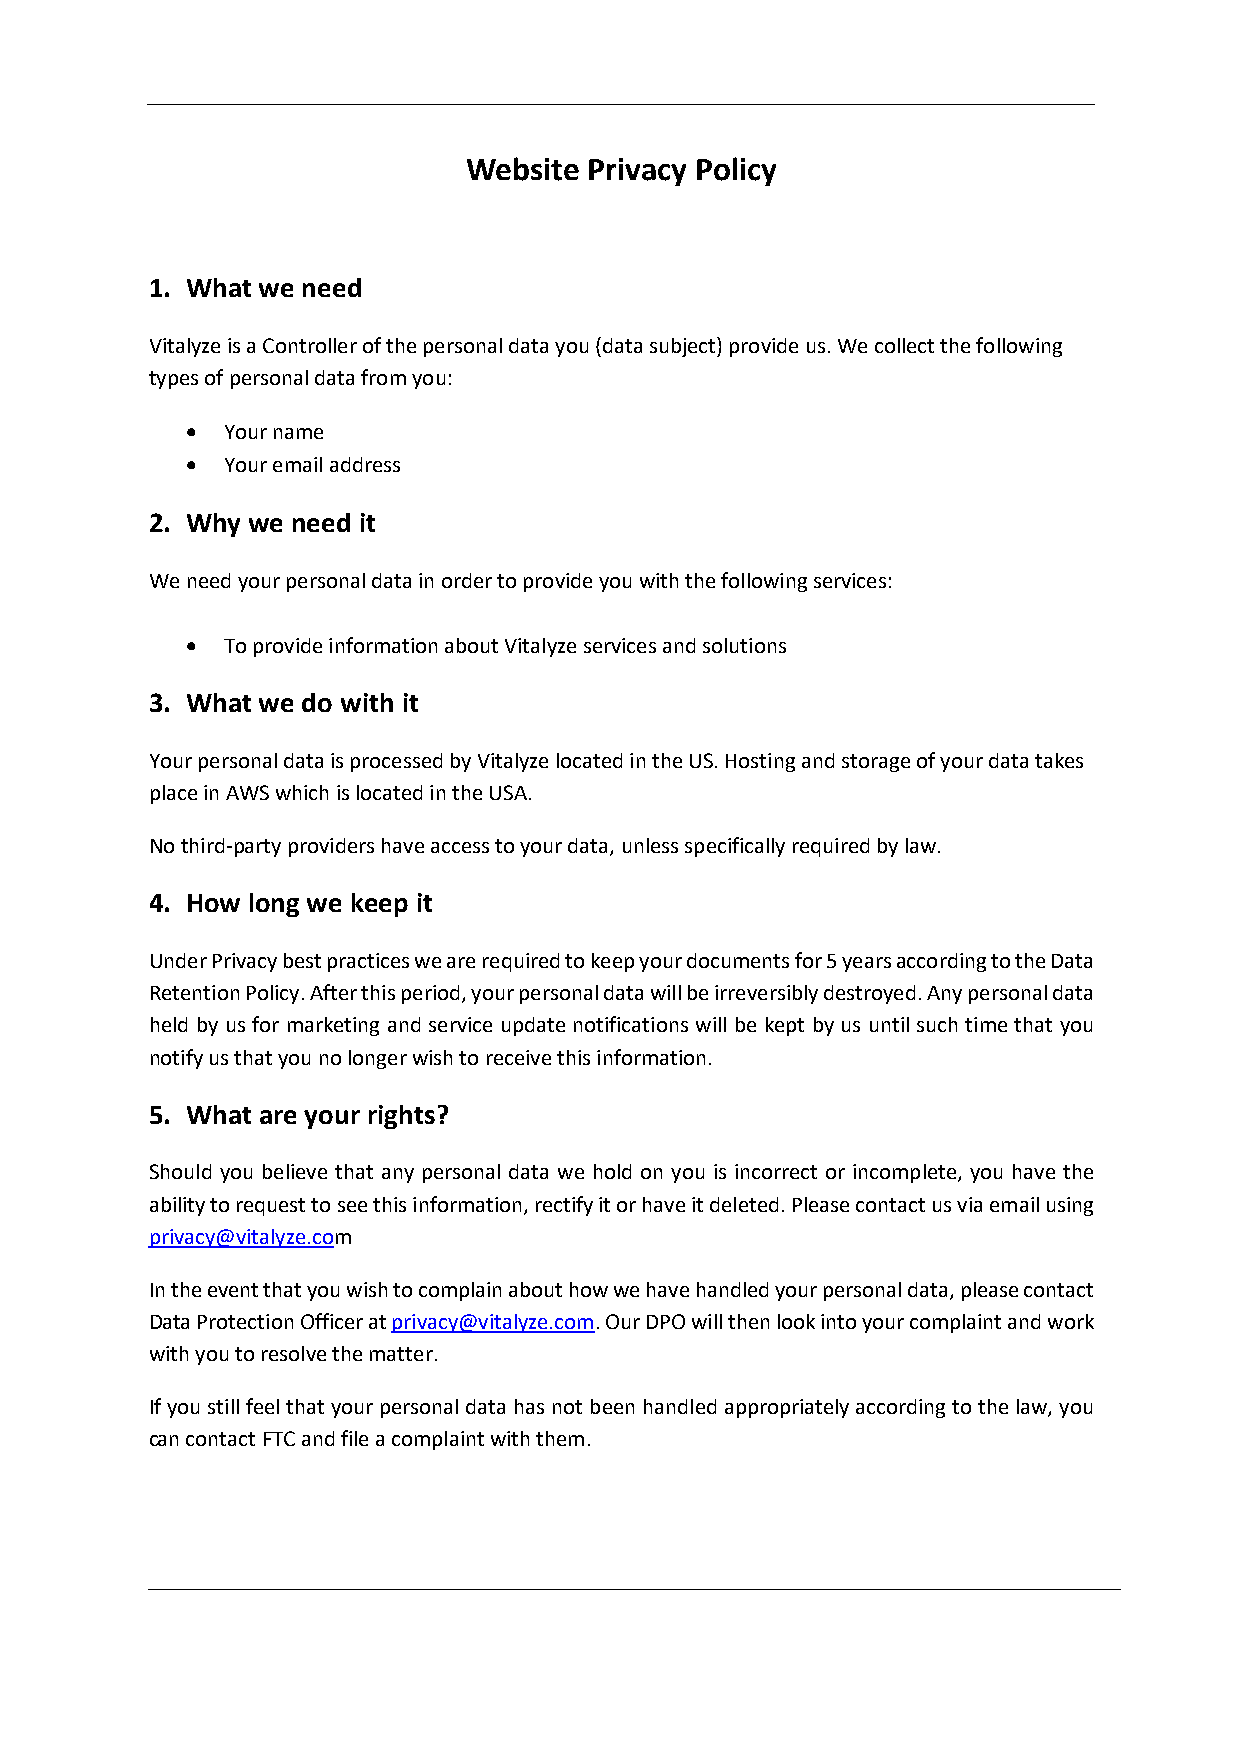
Website Privacy Policy
 1. What we need
 Vitalyze is a Controller of the personal data you (data subject) provide us. We collect the following
 types of personal data from you:
 •  Your name
 •  Your email address
 2. Why we need it
 We need your personal data in order to provide you with the following services:
 •  To provide information about Vitalyze services and solutions
 3. What we do with it
 Your personal data is processed by Vitalyze located in the US. Hosting and storage of your data takes
 place in AWS which is located in the USA.
 No third-party providers have access to your data, unless specifically required by law.
 4. How long we keep it
 Under Privacy best practices we are required to keep your documents for 5 years according to the Data
 Retention Policy. After this period, your personal data will be irreversibly destroyed. Any personal data
 held by us for marketing and service update notifications will be kept by us until such time that you
 notify us that you no longer wish to receive this information.
 5. What are your rights?
 Should you believe that any personal data we hold on you is incorrect or incomplete, you have the
 ability to request to see this information, rectify it or have it deleted. Please contact us via email using
 privacy@vitalyze.com
 In the event that you wish to complain about how we have handled your personal data, please contact
 Data Protection Officer at privacy@vitalyze.com. Our DPO will then look into your complaint and work
 with you to resolve the matter.
 If you still feel that your personal data has not been handled appropriately according to the law, you
 can contact FTC and file a complaint with them.